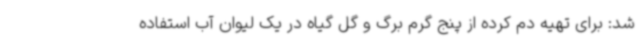
شد: برای تهیه دم کرده از پنج گرم برگ و گل گیاه در یک لیوان آب استفاده